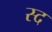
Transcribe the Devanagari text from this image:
स्द